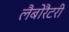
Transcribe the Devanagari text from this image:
लैबोरैटरी